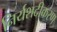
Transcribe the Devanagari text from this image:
निर्यशदीकरण